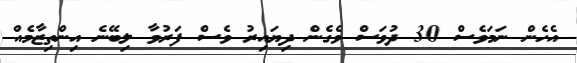
އެހެން ނަމަވެސް 30 ދުވަސް ވެގެން ދިޔައިރު ވެސް ފަރުވާ ލިބޭނެ އިންތިޒާމެއް